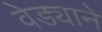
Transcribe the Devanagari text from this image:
वेड्याने